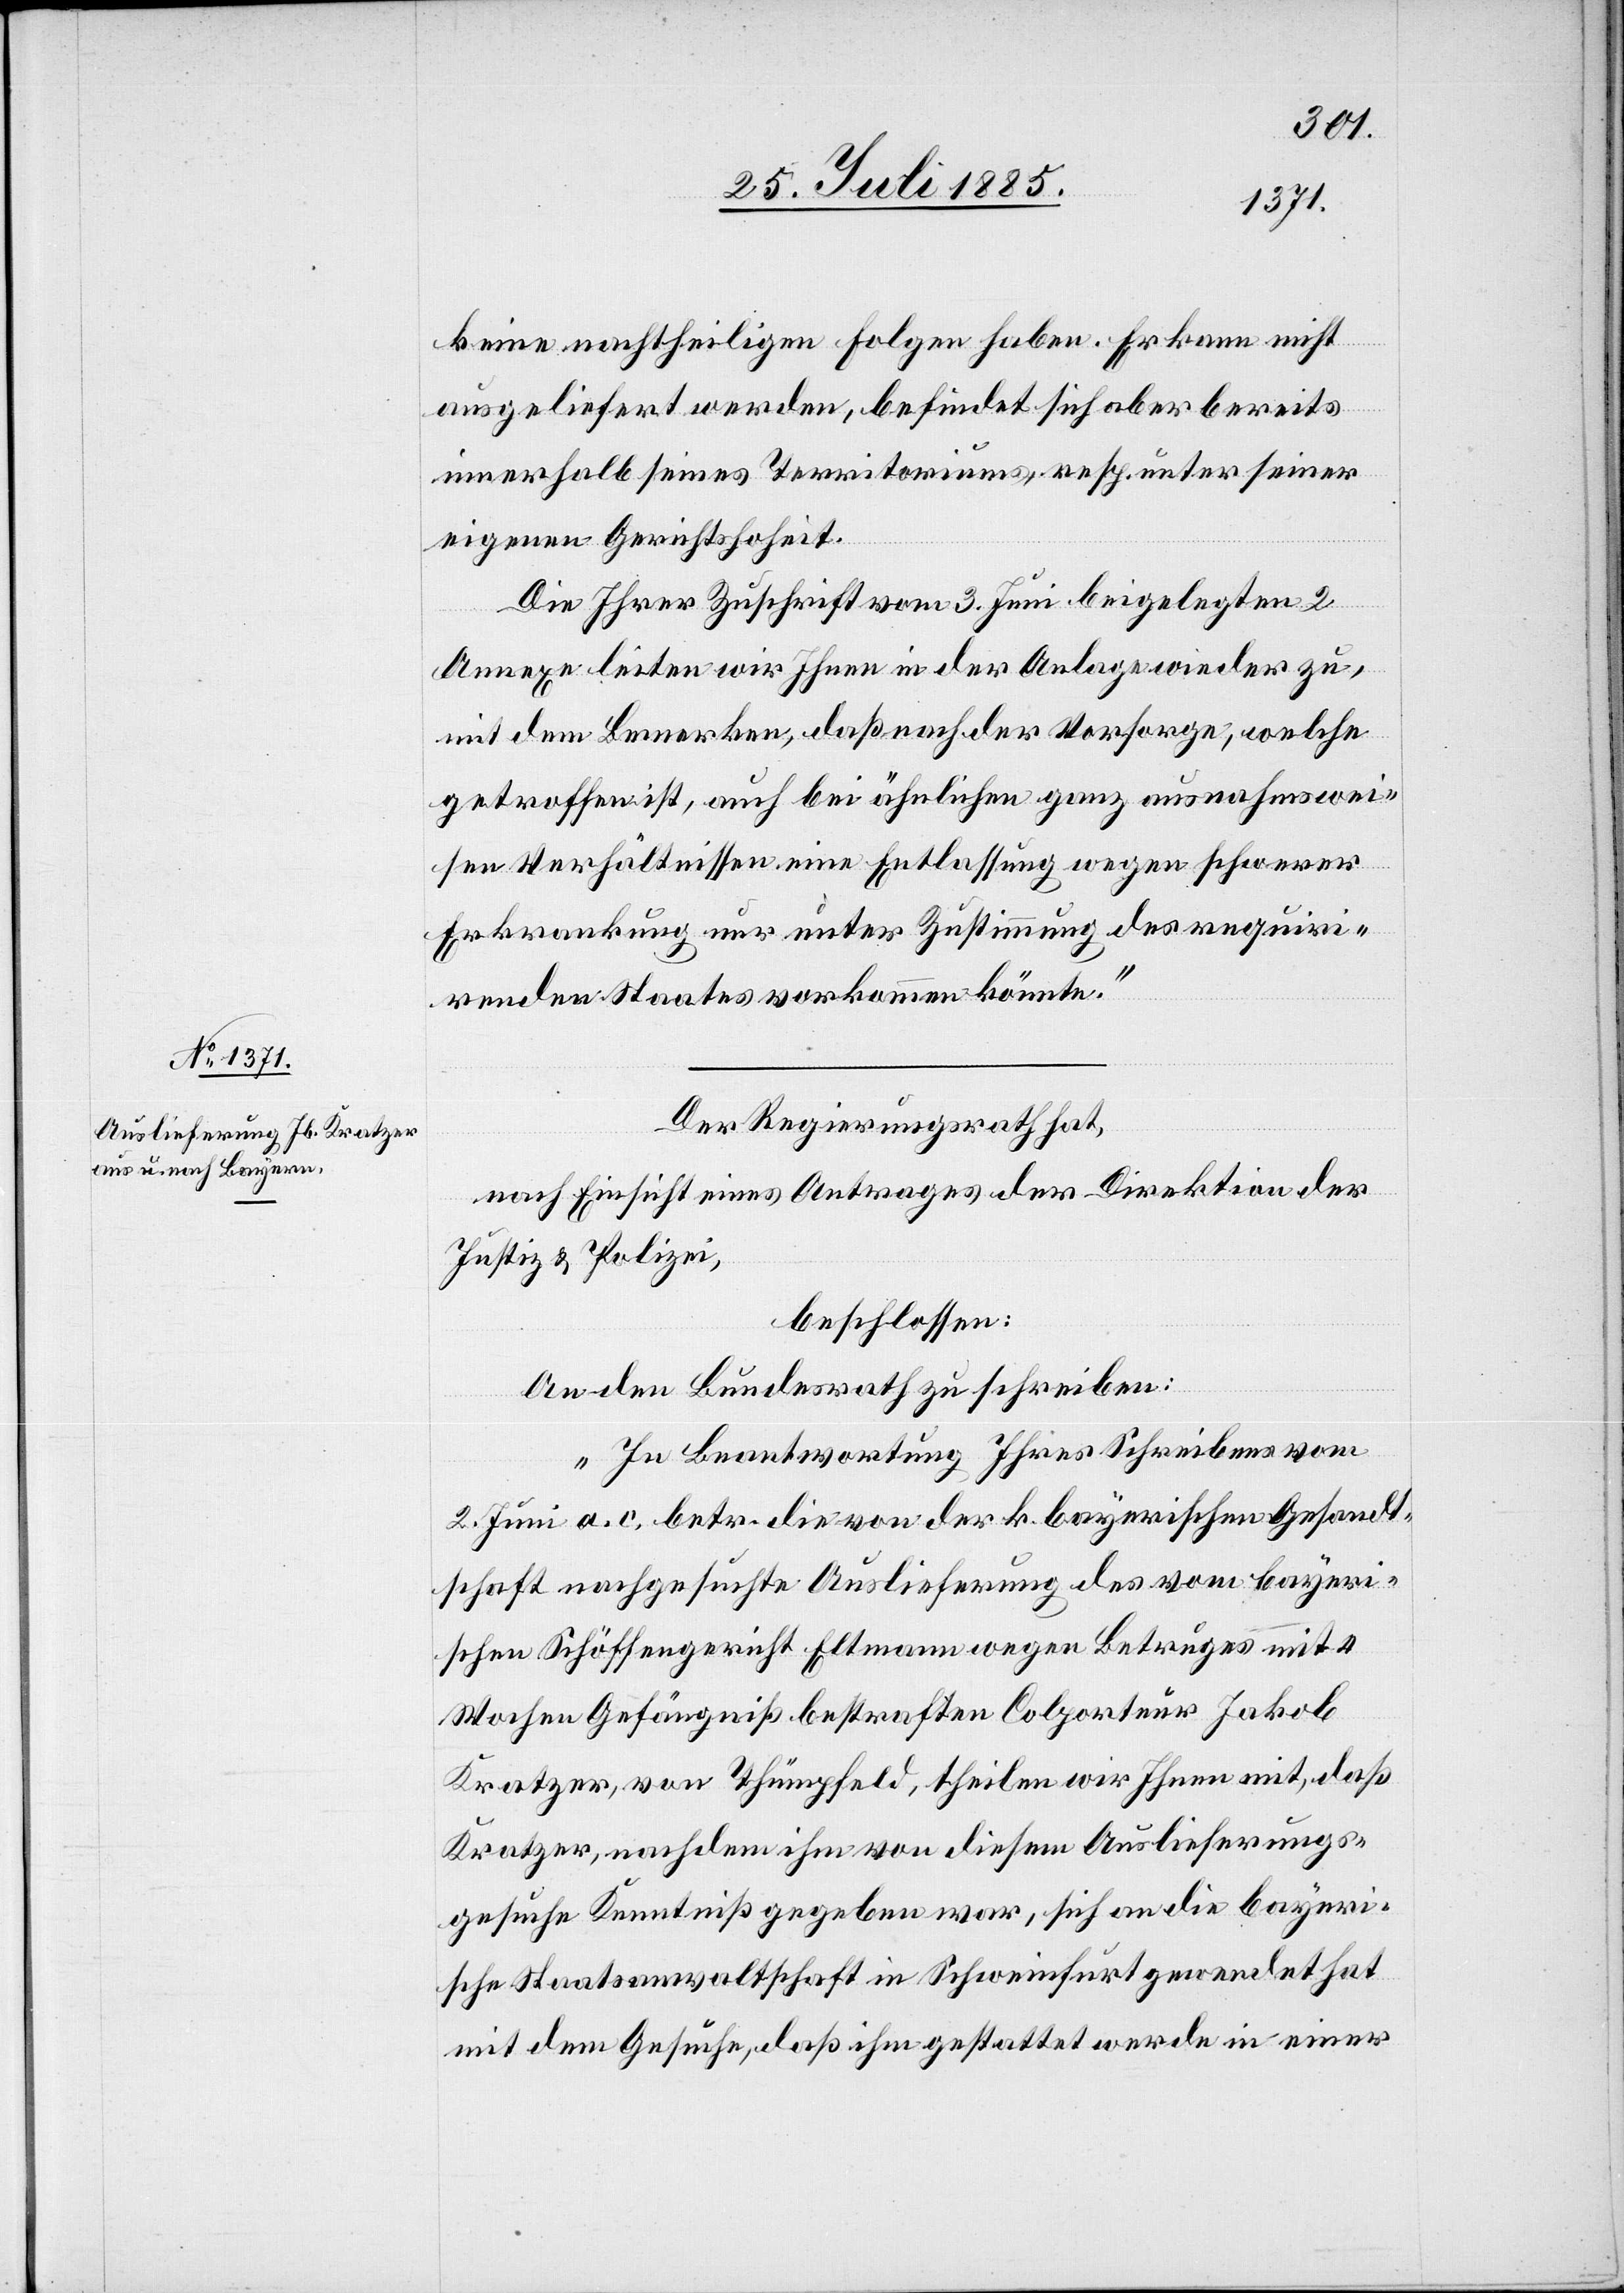
keine nachtheiligen Folgen haben. Er kann nicht
ausgeliefert werden, befindet sich aber bereits
innerhalb seines Territoriums, resp. unter seiner
eigenen Gerichtshoheit.
Die Ihrer Zuschrift vom 3. Juni beigelegten 2
Annexe leiten wir Ihnen in der Anlage wieder zu,
mit dem Bemerken, daß nach der Vorsorge, welche
getroffen ist, auch bei ähnlichen ganz ausnahmswei¬
sen Verhältnissen eine Entlassung wegen schwerer
Erkrankung nur unter Zustimmung des requiri¬
renden Staates vorkommen könnte.“
Der Regierungsrath hat,
nach Einsicht eines Antrages der Direktion der
Justiz & Polizei,
beschlossen:
An den Bundesrath zu schreiben:
„In Beantwortung Ihres Schreibens vom
2. Juni a. c. betr. die von der k. bayerischen Gesandt¬
schaft nachgesuchte Auslieferung des vom bayeri¬
schen Schöffengericht Eltmann wegen Betruges mit 4
Wochen Gefängniß bestraften Coporteur Jakob
Kratzer, von Thümpfeld, theilen wir Ihnen mit, daß
Kratzer, nachdem ihm von diesem Auslieferungs¬
gesuche Kenntniß gegeben war, sich an die bayeri¬
sche Staatsanwaltschaft in Schweinfurt gewendet hat
mit dem Gesuche, daß ihm gestattet werde in einer